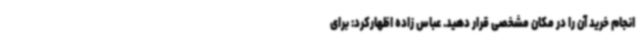
انجام خرید آن را در مکان مشخصی قرار دهید. عباس زاده اظهارکرد: برای